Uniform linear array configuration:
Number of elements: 12
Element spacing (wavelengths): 0.25
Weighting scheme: cosine
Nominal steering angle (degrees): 45
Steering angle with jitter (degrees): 44.265
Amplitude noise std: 0.05
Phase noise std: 0.05

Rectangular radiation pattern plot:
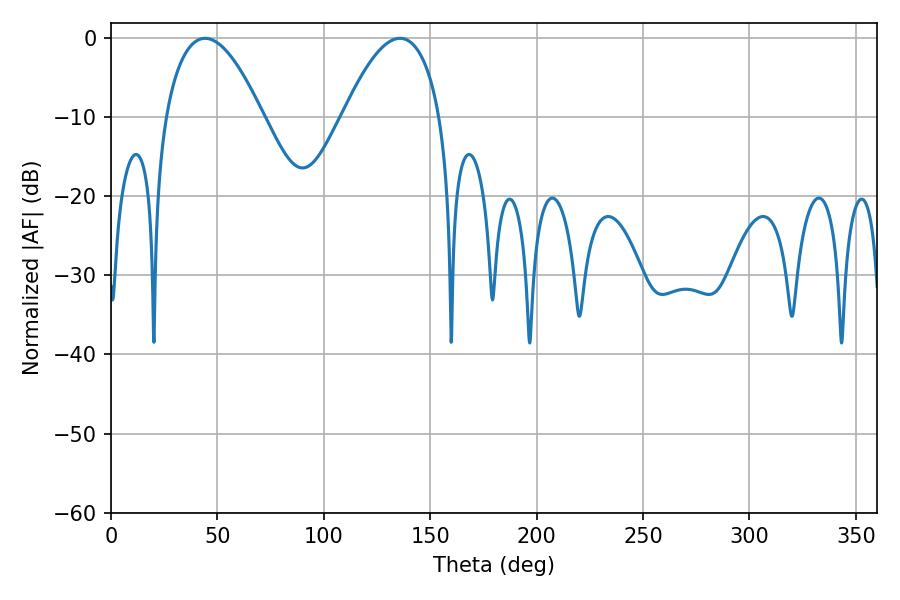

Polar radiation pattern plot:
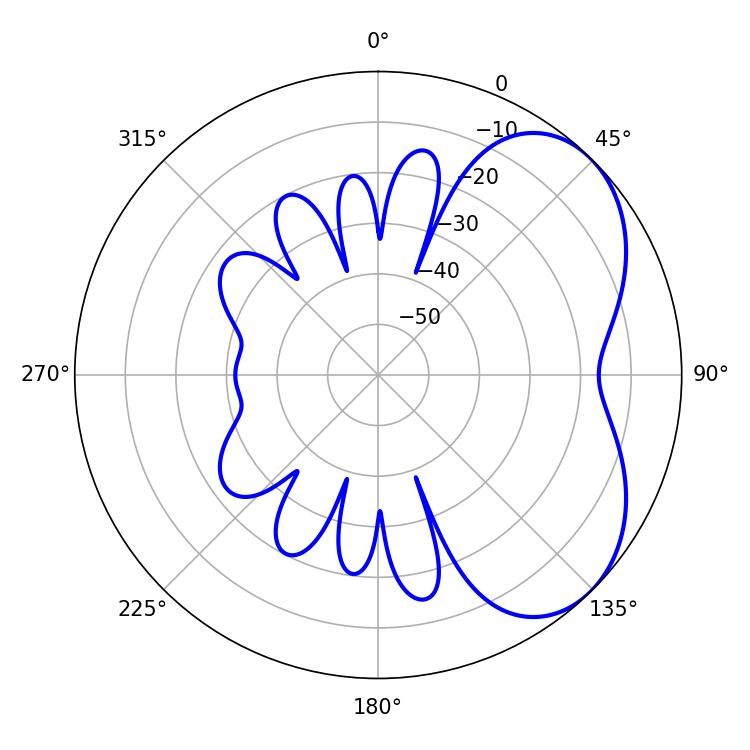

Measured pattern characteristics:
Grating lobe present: FALSE
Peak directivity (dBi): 4.662
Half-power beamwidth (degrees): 25.2
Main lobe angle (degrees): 44.28